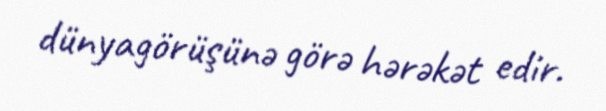
dünyagörüşünə görə hərəkət edir.